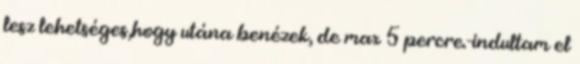
lesz lehetséges,hogy utána benézek, de max 5 percre.-indultam el